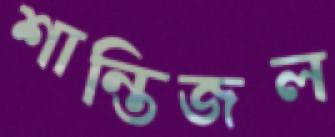
শান্তিজল